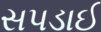
સપડાઈ